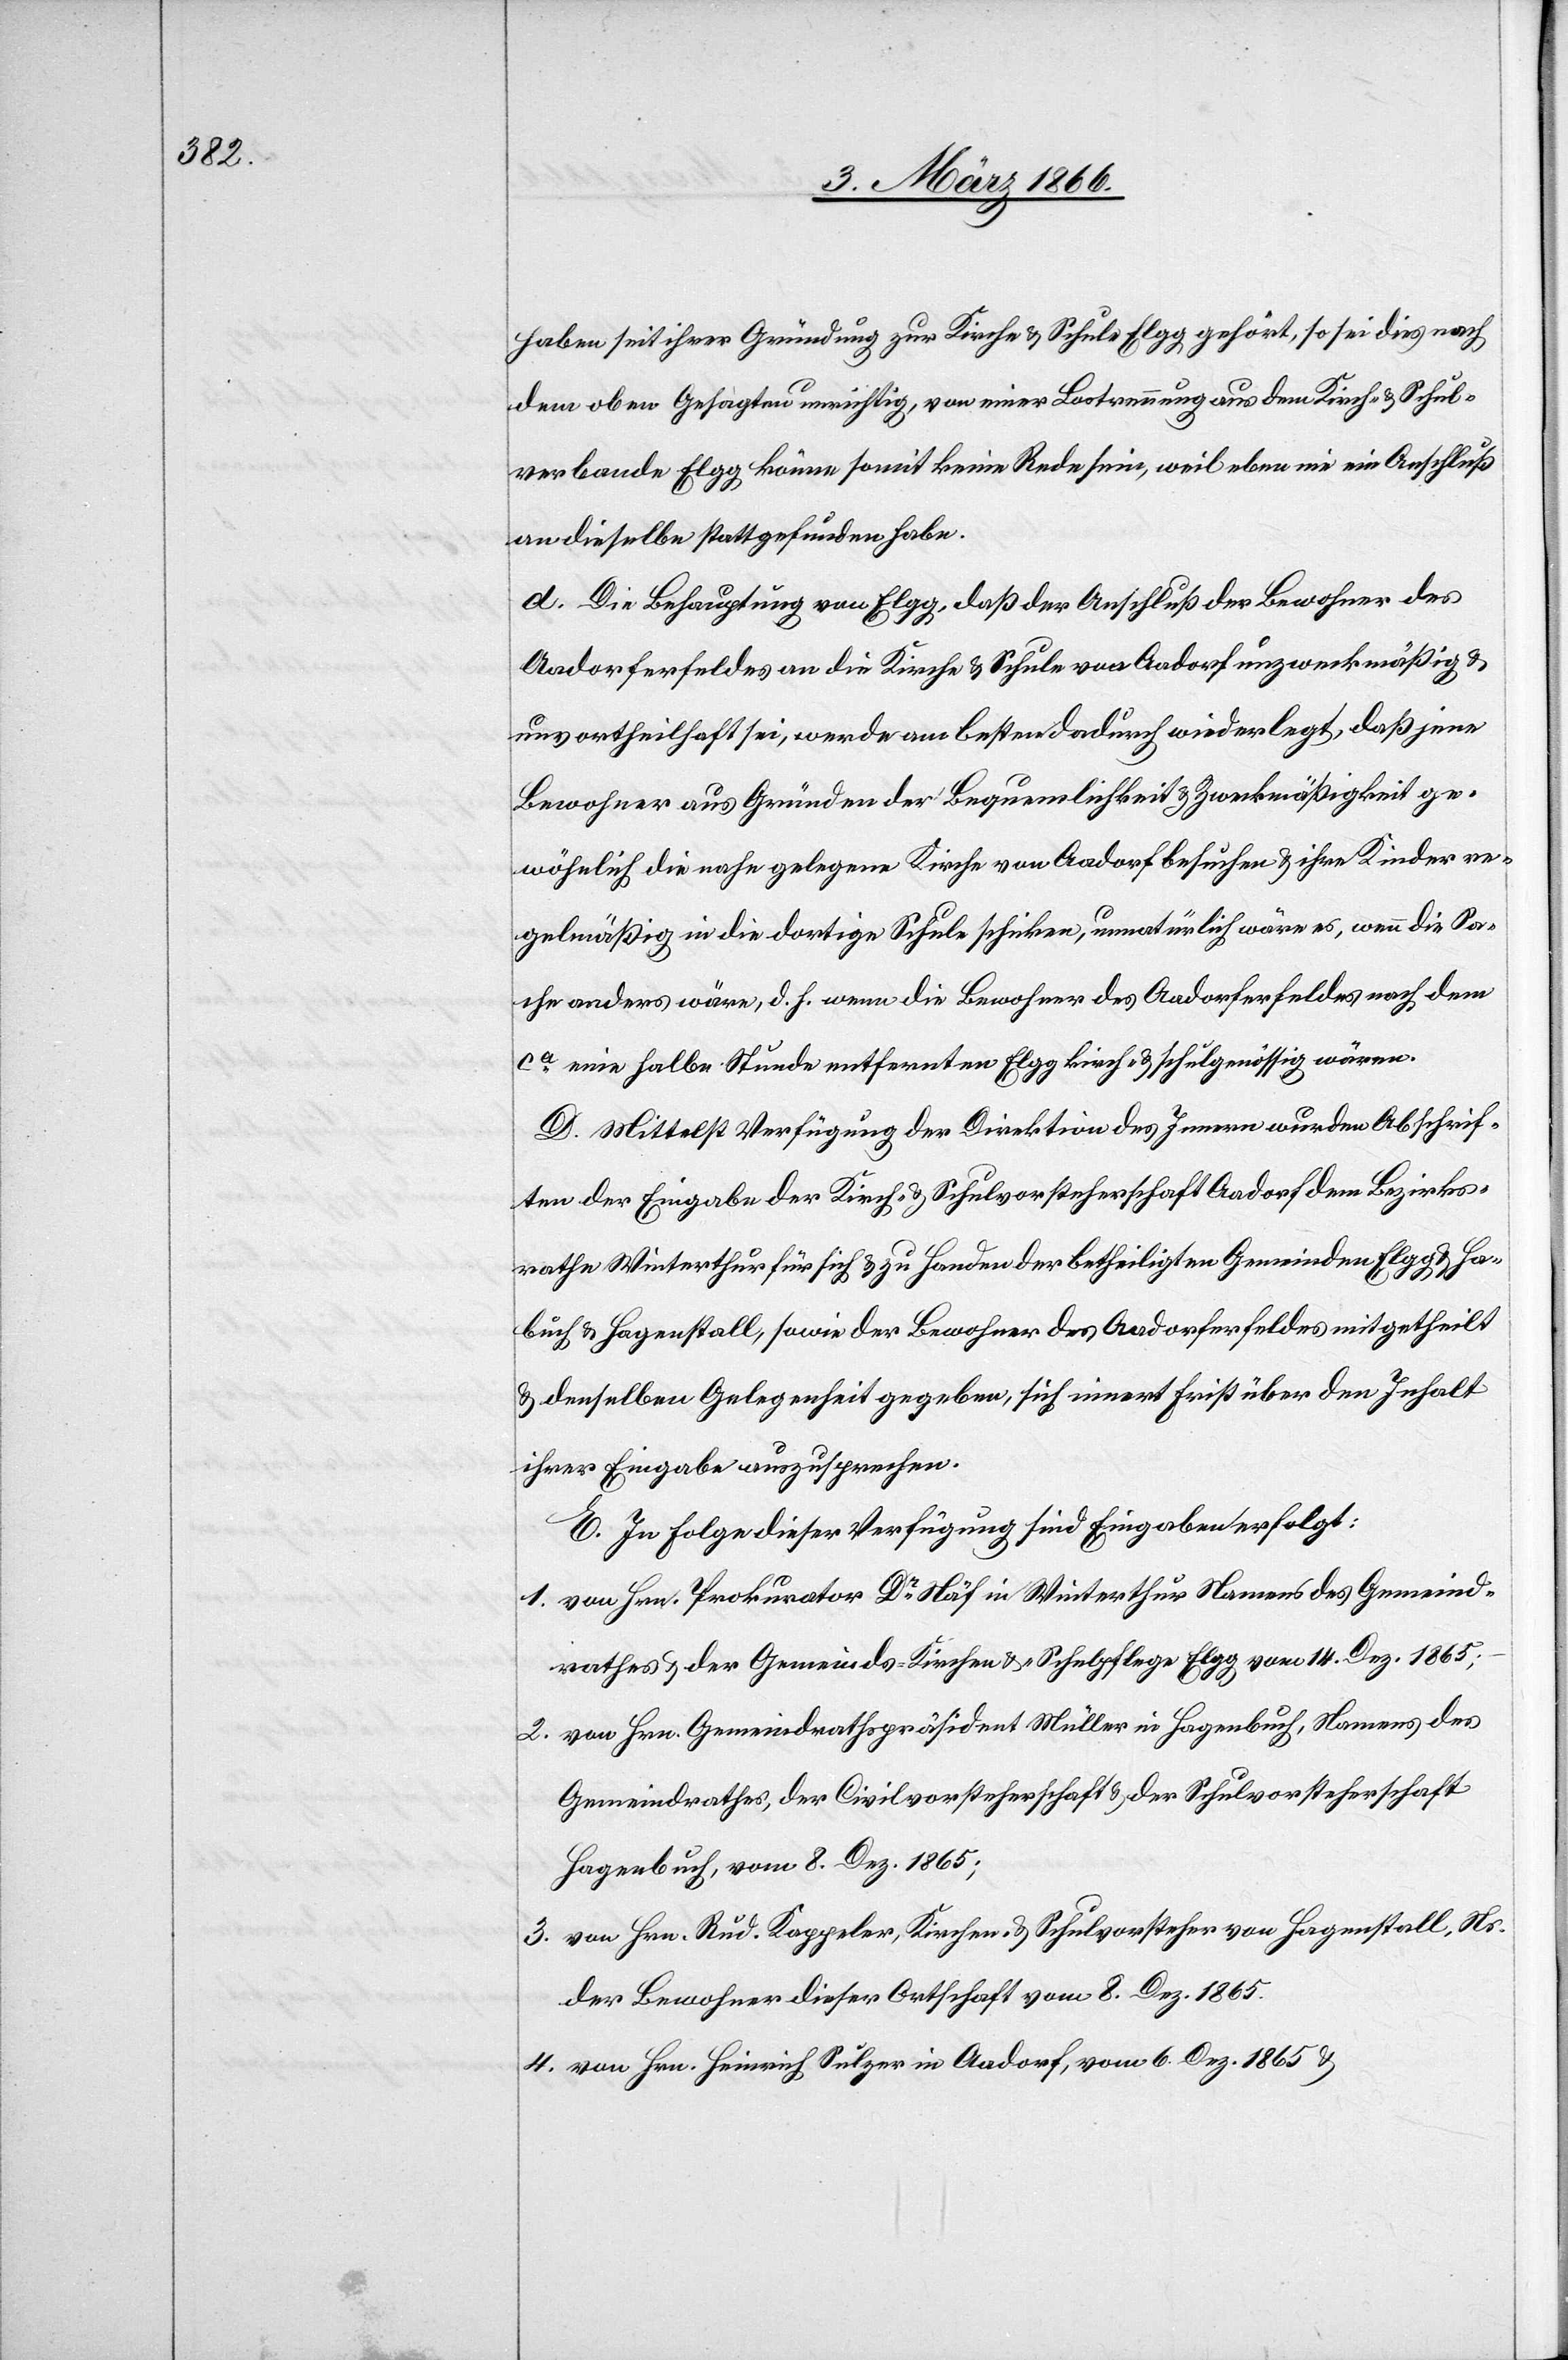
buch

haben seit ihrer Gründung zur Kirche- u. Schule Elgg gehört, so sei dies nach
dem oben Gesagten unrichtig, von einer Lostrennung aus dem Kirch- u. Schul¬
verbunde Elgg könne somit keine Rede sein, weil eben nie ein Anschluß
an dieselbe stattgefunden habe.
d. Die Behauptung von Elgg, daß der Anschluß der Bewohner des
Aadorferfeldes an die Kirch- u. Schule von Aadorf unzweckmäßig u.
unvortheilhaft sei, werde am besten dadurch wiederlegt, daß jene
Bewohner aus Gründen der Bequemlichkeit u. Zweckmäßigkeit ge¬
wöhnlich die nahe gelegene Kirche von Aadorf besuchen u. ihre Kinder re¬
gelmäßig in die dortige Schule schicken, unnatürlich wäre es, wenn die Sa¬
che anders wäre, d. h. wenn die Bewohner des Aadorferfeldes nach dem
ca. eine halbe Stunde entfernten Elgg kirch- u. schulgenössig wären.
D. Mittelst Verfügung der Direktion des Innern wurden Abschrif¬
ten der Eingabe der Kirch- u. Schulgenossenschaft Aadorf dem Bezirks¬
rathe Winterthur für sich u. zu Handen der betheiligten Gemeinden Elgg u. Ha¬
[sic!] u. Hagenstall, sowie der Bewohner des Aadorferfeldes mitgetheilt
u. denselben Gelegenheit gegeben, sich innert Frist über den Inhalt
ihrer Eingabe auszusprechen.
E. In Folge dieser Verfügung sind Eingaben erfolgt:
1. von Hrn. Prokurator Dr. Näf in Winterthur Namens des Gemeind¬
rathes u. der Gemeinds-[,] Kirchen- u. Schulpflege Elgg vom 14. Dez. 1865;
2. von Hrn. Gemeindrathspräsident Müller von Hagenbuch, Namens des
Gemeindrathes, der Civilvorsteherschaft u. der Schulvorsteherschaft
Hagenbuch, vom 8. Dez. 1865;
3. von Hrn. Rud. Kappeler, Kirchen- u. Schulvorsteher von Hagenstall, Ns.
der Bewohner dieser Ortschaft vom 8. Dez. 1865.
4. von Hrn. Heinrich Sulzer in Aadorf, vom 6. Dez. 1865 u.